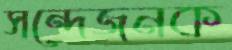
সন্দেজনক